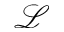
\mathcal { L }